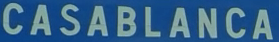
CASABLANCA